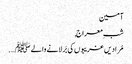
آمین
شبِ معراج,
مُرادیں غریبوں کی بَر لانے والے ﷺ ….